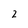
Character: 2